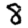
Digit: 8